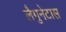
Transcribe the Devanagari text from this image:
लैगुनेटास